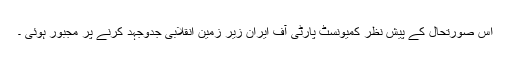
اس صورتحال کے پیش نظر کمیونسٹ پارٹی آف ایران زیر زمین انقلابی جدوجہد کرنے پر مجبور ہوئی ۔